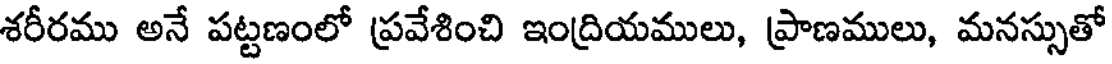
శరీరము అనే పట్టణంలో ప్రవేశించి ఇంద్రియములు, ప్రాణములు, మనస్సుతో